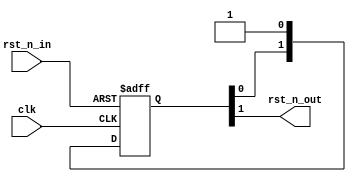
/**********************************************************************
 * DO WHAT THE FUCK YOU WANT TO AND DON'T BLAME US PUBLIC LICENSE     *
 *                    Version 3, April 2008                           *
 *                                                                    *
 * Copyright (C) 2018 Luke Wren                                       *
 *                                                                    *
 * Everyone is permitted to copy and distribute verbatim or modified  *
 * copies of this license document and accompanying software, and     *
 * changing either is allowed.                                        *
 *                                                                    *
 *   TERMS AND CONDITIONS FOR COPYING, DISTRIBUTION AND MODIFICATION  *
 *                                                                    *
 * 0. You just DO WHAT THE FUCK YOU WANT TO.                          *
 * 1. We're NOT RESPONSIBLE WHEN IT DOESN'T FUCKING WORK.             *
 *                                                                    *
 *********************************************************************/

// The output is asserted asynchronously when the input is asserted,
// but deasserted synchronously when clocked with the input deasserted.
// Input and output are both active-low.

module reset_sync #(
	parameter N_CYCLES = 2 // must be >= 2
) (
	input  wire clk,
	input  wire rst_n_in,
	output wire rst_n_out
);

(* keep = 1'b1 *) reg [N_CYCLES-1:0] delay;

always @ (posedge clk or negedge rst_n_in)
	if (!rst_n_in)
		delay <= {N_CYCLES{1'b0}};
	else
		delay <= {delay[N_CYCLES-2:0], 1'b1};

assign rst_n_out = delay[N_CYCLES-1];

endmodule